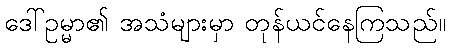
ဒေါ်ဥမ္မာ၏ အသံများမှာ တုန်ယင်နေကြသည်။